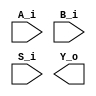
module alu_4_bit #
(
  parameter INPUT_WIDTH = 4,
  parameter OUTPUT_WIDTH = 8,
  parameter SELECT_WIDTH = 2
)
(
  // The inputs 
  input wire [INPUT_WIDTH-1:0]      A_i,
  input wire [INPUT_WIDTH-1:0]      B_i,
  input wire [SELECT_WIDTH-1:0]     S_i,

  // The outputs
  output wire [OUTPUT_WIDTH-1:0]           Y_o

);



endmodule